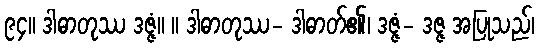
၉၄။ ဒါဓာတုဿ ဒဇ္ဇံ။ ။ ဒါဓာတုဿ- ဒါဓာတ်၏၊ ဒဇ္ဇံ- ဒဇ္ဇ အပြုသည်၊